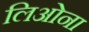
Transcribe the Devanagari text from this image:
लिओना